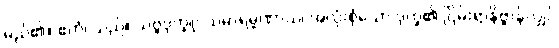
မည်၏။ ဧတံ၊ သည်။ သဗ္ဗဒုက္ခူပသမာရမ္မဏာယ၊ အလုံးစုံသော ဒုက္ခ၏ ငြိမ်းရာနိဗ္ဗာန်လျှင်